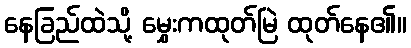
နေခြည်ထဲသို့ မွှေးကထုတ်မြဲ ထုတ်နေ၏။